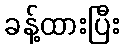
ခန့်ထားပြီး